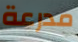
مدرعة